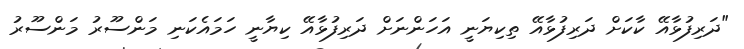
"ދަރިފުޅާއޭ ކާކަށް ދަރިފުޅާއޭ ތިކިޔަނީ އަހަންނަށް ދަރިފުޅާއޭ ކިޔާނީ ހަމައެކަނި މަންސޫރު މަންސޫރު